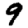
Digit: 9